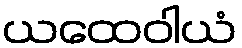
ယထေဝါယံ